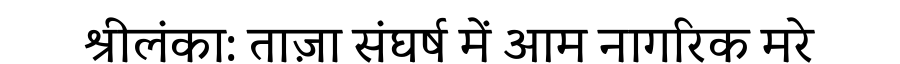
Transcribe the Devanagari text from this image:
श्रीलंका: ताज़ा संघर्ष में आम नागरिक मरे